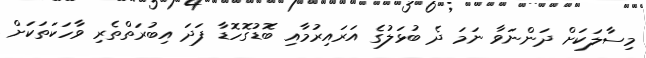
މިސާލަކަށް ދަންނަވާ ނަމަ ދެ ބުޅަލުގެ އަރައިރުމާއި ބޮޑުގޮހޮޑާ ފަދަ އިބުރަތްތެރި ވާހަކަތަކަށް